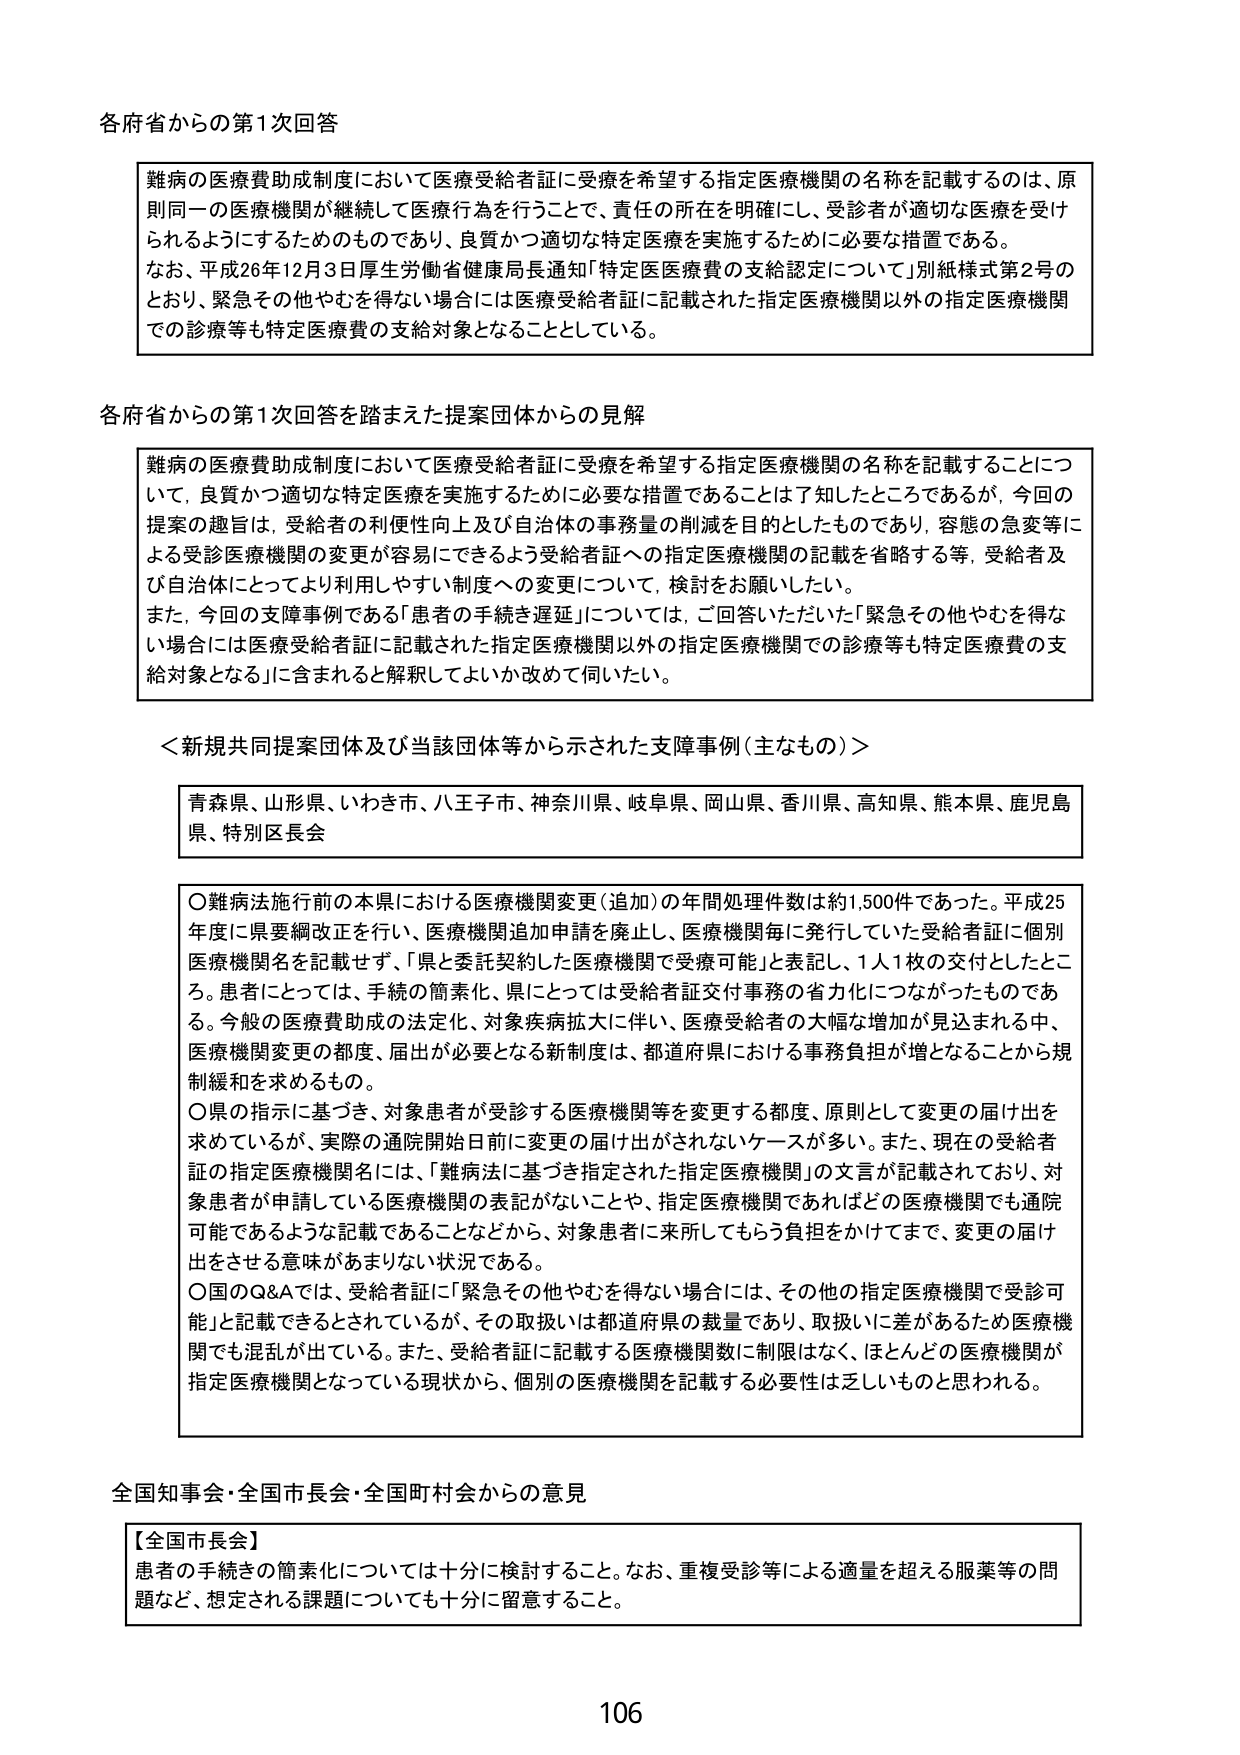
各府省からの第1次回答

難病の医療費助成制度において医療受給者証に受療を希望する指定医療機関の名称を記載するのは、原則同一の医療機関が継続して医療行為を行うことで、責任の所在を明確にし、受診者が適切な医療を受けられるようにするためのものであり、良質かつ適切な特定医療を実施するために必要な措置である。
なお、平成26年12月3日厚生労働省健康局長通知「特定医医療費の支給認定について」別紙様式第2号のとおり、緊急その他やむを得ない場合には医療受給者証に記載された指定医療機関以外の指定医療機関での診療等も特定医療費の支給対象となることとしている。

各府省からの第1次回答を踏まえた提案団体からの見解

難病の医療費助成制度において医療受給者証に受療を希望する指定医療機関の名称を記載することについて、良質かつ適切な特定医療を実施するために必要な措置であることは了知したところであるが、今回の提案の趣旨は、受給者の利便性向上及び自治体の事務量の削減を目的としたものであり、容態の急変等による受診医療機関の変更が容易にできるよう受給者証への指定医療機関の記載を省略する等、受給者及び自治体にとってより利用しやすい制度への変更について、検討をお願いしたい。
また、今回の支障事例である「患者の手続き遅延」については、ご回答いただいた「緊急その他やむを得ない場合には医療受給者証に記載された指定医療機関以外の指定医療機関での診療等も特定医療費の支給対象となる」に含まれると解釈してよいか改めて伺いたい。

＜新規共同提案団体及び当該団体等から示された支障事例（主なもの）＞

青森県、山形県、いわき市、八王子市、神奈川県、岐阜県、岡山県、香川県、高知県、熊本県、鹿児島県、特別区長会

〇難病法施行前の本県における医療機関変更（追加）の年間処理件数は約1,500件であった。平成25年度に県要綱改正を行い、医療機関追加申請を廃止し、医療機関毎に発行していた受給者証に個別医療機関名を記載せず、「県と委託契約した医療機関で受療可能」と表記し、1人1枚の交付としたところ。患者にとっては、手続の簡素化、県にとっては受給者証交付事務の省力化につながったものである。今般の医療費助成の法定化、対象疾病拡大に伴い、医療受給者の大幅な増加が見込まれる中、医療機関変更の都度、届出が必要となる新制度は、都道府県における事務負担が増となることから規制緩和を求めるもの。
〇県の指示に基づき、対象患者が受診する医療機関等を変更する都度、原則として変更の届け出を求めているが、実際の通院開始日前に変更の届け出がされないケースが多い。また、現在の受給者証の指定医療機関名には、「難病法に基づき指定された指定医療機関」の文言が記載されており、対象患者が申請している医療機関の表記がないことや、指定医療機関であればどの医療機関でも通院可能であるような記載であることなどから、対象患者に来所してもらう負担をかけてまで、変更の届け出をさせる意味があまりない状況である。
〇国のQ&Aでは、受給者証に「緊急その他やむを得ない場合には、その他の指定医療機関で受診可能」と記載できるとされているが、その取扱いは都道府県の裁量であり、取扱いに差があるため医療機関でも混乱が出ている。また、受給者証に記載する医療機関数に制限はなく、ほとんどの医療機関が指定医療機関となっている現状から、個別の医療機関を記載する必要性は乏しいものと思われる。

全国知事会・全国市長会・全国町村会からの意見

【全国市長会】
患者の手続きの簡素化については十分に検討すること。なお、重複受診等による適量を超える服薬等の問題など、想定される課題についても十分に留意すること。

106